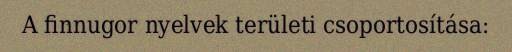
A finnugor nyelvek területi csoportosítása: